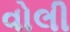
વોલી